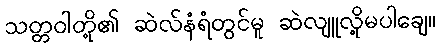
သတ္တဝါတို့၏ ဆဲလ်နံရံတွင်မူ ဆဲလျူလို့မပါချေ။